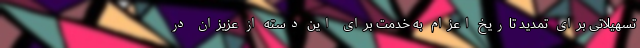
تسهیلاتی برای تمدید تاریخ اعزام به خدمت برای این دسته از عزیزان در